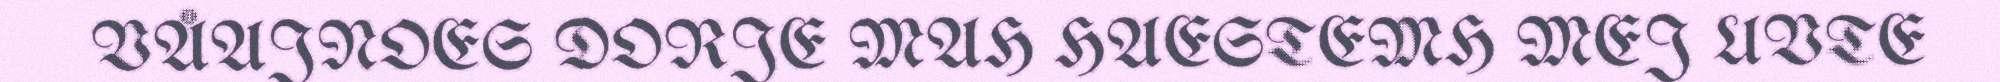
VÅAJNOES DORJE MAH HAESTEMH MEJ UVTE